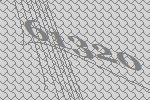
61320